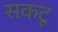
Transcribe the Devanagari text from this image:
सकटू